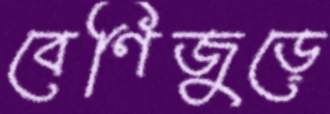
বেণিজুড়ে